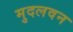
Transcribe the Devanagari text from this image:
मुदलवन